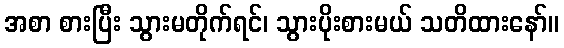
အစာ စားပြီး သွားမတိုက်ရင်၊ သွားပိုးစားမယ် သတိထားနော်။